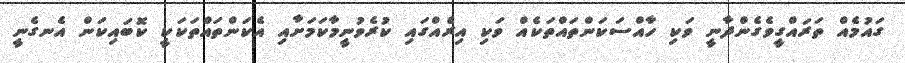
ގައުމެއް ތަރައްގީވެގެންދާނީ ވަކި ހާއްސަކަންތައްތަކެއް ވަކި އިރެއްގައި ކުރެވުނީމާކަމަށާއި އެކަންތައްތަކަކީ ކޮބައިކަން އެނގެނީ